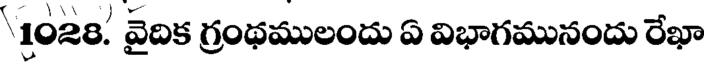
1028. వైదిక గ్రంథములందు ఏ విభాగమునందు రేఖా